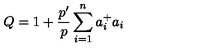
Q = 1 + \frac { p ^ { \prime } } { p } \sum _ { i = 1 } ^ { n } a _ { i } ^ { + } a _ { i }